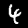
Label: 4